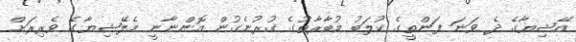
އޭޝިޔާގެ ދެ ވަނަ ފަންތީގެ ކުލަބު މުބާރާތުގެ ގުރުނެގުން އޮންނާނީ މެލޭޝިޔާގެ ވެރިރަށް